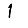
Digit: 1